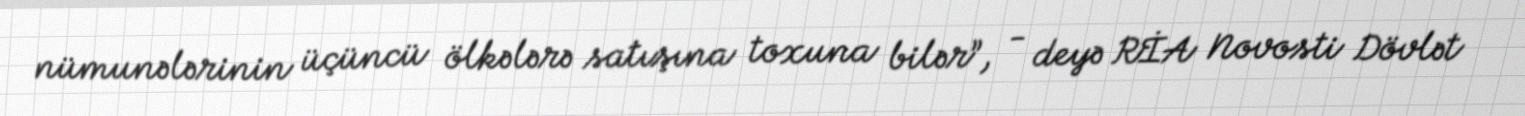
nümunələrinin üçüncü ölkələrə satışına toxuna bilər”, - deyə RİA Novosti Dövlət